Indian journal of veterinary science and animal husbandry - Volumes 24-25, 1954-1955
Year: 1954
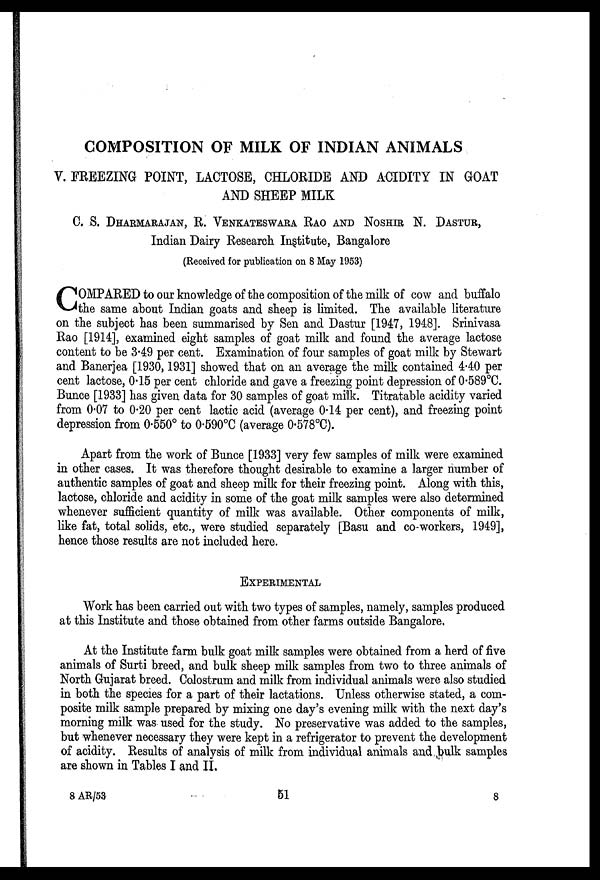
COMPOSITION OF MILK OF INDIAN ANIMALS
V. FREEZING POINT, LACTOSE, CHLORIDE AND ACIDITY IN GOAT
AND SHEEP MILK
C. S. DHARMARAJAN, R. VENKATESWARA RAO AND NOSHIR N. DASTUR,
Indian Dairy Research Institute, Bangalore
(Received for publication on 8 May 1953)
COMPARED to our knowledge of the composition of the milk of cow and buffalo
the same about Indian goats and sheep is limited. The available literature
on the subject has been summarised by Sen and Dastur [1947, 1948]. Srinivasa
Rao [1914], examined eight samples of goat milk and found the average lactose
content to be 3.49 per cent. Examination of four samples of goat milk by Stewart
and Banerjea [1930, 1931] showed that on an average the milk contained 4.40 per
cent lactose, 0.15 per cent chloride and gave a freezing point depression of 0.589°C.
Bunce [1933] has given data for 30 samples of goat milk. Titratable acidity varied
from 0.07 to 0.20 per cent lactic acid (average 0.14 per cent), and freezing point
depression from 0.550° to 0.590°C (average 0.578°C).
Apart from the work of Bunce [1933] very few samples of milk were examined
in other cases. It was therefore thought desirable to examine a larger number of
authentic samples of goat and sheep milk for their freezing point. Along with this,
lactose, chloride and acidity in some of the goat milk samples were also determined
whenever sufficient quantity of milk was available. Other components of milk,
like fat, total solids, etc., were studied separately [Basu and co-workers, 1949],
hence those results are not included here.
EXPERIMENTAL
Work has been carried out with two types of samples, namely, samples produced
at this Institute and those obtained from other farms outside Bangalore.
At the Institute farm bulk goat milk samples were obtained from a herd of five
animals of Surti breed, and bulk sheep milk samples from two to three animals of
North Gujarat breed. Colostrum and milk from individual animals were also studied
in both the species for a part of their lactations. Unless otherwise stated, a com-
posite milk sample prepared by mixing one day's evening milk with the next day's
morning milk was used for the study. No preservative was added to the samples,
but whenever necessary they were kept in a refrigerator to prevent the development
of acidity. Results of analysis of milk from individual animals and bulk samples
are shown in Tables I and II.
8 AR/53 51 8